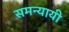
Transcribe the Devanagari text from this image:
समन्यायी